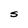
Character: S